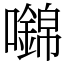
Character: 𡄎